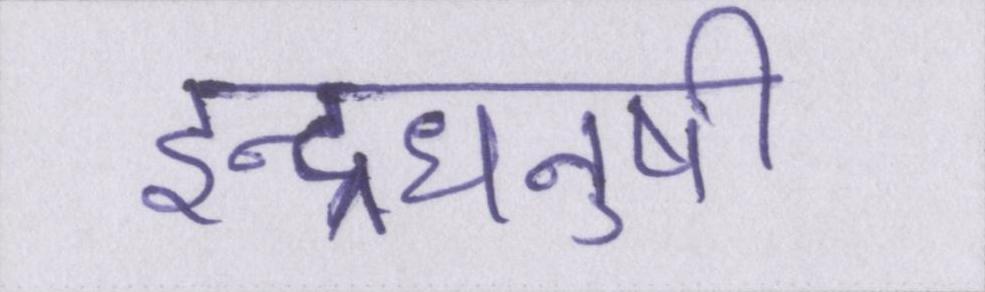
इन्द्रधनुषी